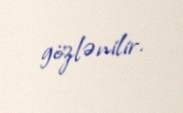
gözlənilir.